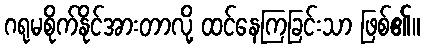
ဂရုမစိုက်နိုင်အားတာလို့ ထင်နေကြခြင်းသာ ဖြစ်၏။